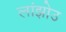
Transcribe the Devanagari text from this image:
लांझोउ